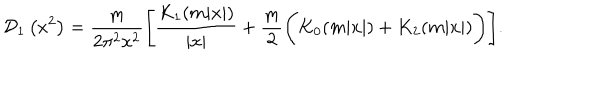
{ \cal D } _ { 1 } \left( x ^ { 2 } \right) = \frac { m } { 2 \pi ^ { 2 } x ^ { 2 } } \Biggl [ \frac { K _ { 1 } ( m | x | ) } { \left| x \right| } + \frac { m } { 2 } \Biggl ( K _ { 0 } ( m | x | ) + K _ { 2 } ( m | x | ) \Biggr ) \Biggr ] .